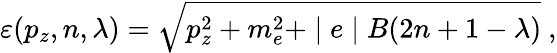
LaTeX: \varepsilon(p_{z},n,\lambda)=\sqrt{p_{z}^{2}+m_{e}^{2}+\mid e\mid B(2n+1-\lambda)}~,